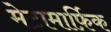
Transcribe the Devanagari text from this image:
मेटामार्फ़िक